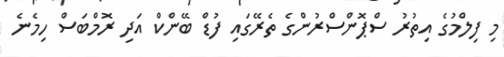
މި ފިލްމުގެ އިތުރު ސްޕޮންސްރުންގެ ތެރޭގައި ފުޑް ބޭންކް އަދި ރޮމްބަސް ހިމެނެ